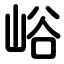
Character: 峪